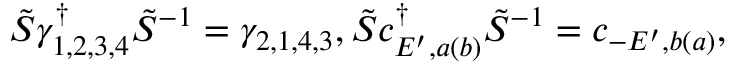
\tilde { S } \gamma _ { 1 , 2 , 3 , 4 } ^ { \dag } \tilde { S } ^ { - 1 } = \gamma _ { 2 , 1 , 4 , 3 } , \tilde { S } c _ { E ^ { \prime } , a ( b ) } ^ { \dagger } \tilde { S } ^ { - 1 } = c _ { - E ^ { \prime } , b ( a ) } ,